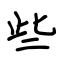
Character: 些